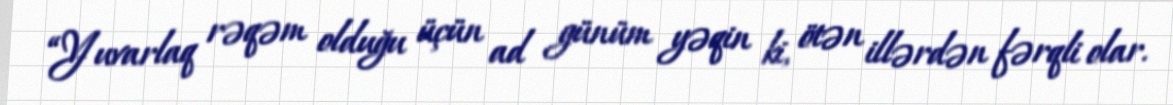
“Yuvarlaq rəqəm olduğu üçün ad günüm yəqin ki, ötən illərdən fərqli olar.